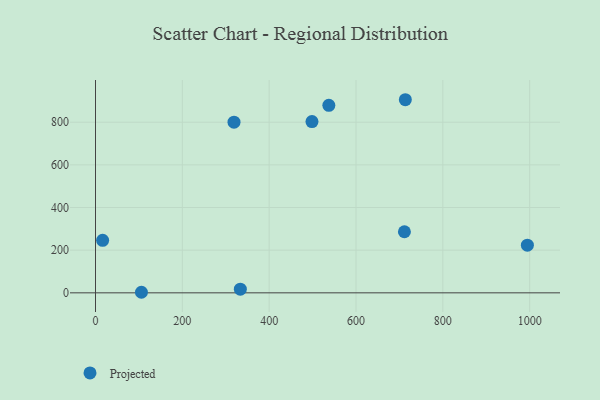
{"axis": {"x": "Experience", "y": "Fuel Efficiency"}, "legend": ["Projected"], "data": [{"x": "333.6", "y": 17.3, "type": "Projected"}, {"x": "994.7", "y": 223.3, "type": "Projected"}, {"x": "16.4", "y": 246.2, "type": "Projected"}, {"x": "537.4", "y": 878.9, "type": "Projected"}, {"x": "105.8", "y": 2.6, "type": "Projected"}, {"x": "319.0", "y": 800.1, "type": "Projected"}, {"x": "711.5", "y": 286.3, "type": "Projected"}, {"x": "498.6", "y": 803.0, "type": "Projected"}, {"x": "713.6", "y": 905.3, "type": "Projected"}]}